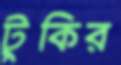
টুকির